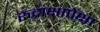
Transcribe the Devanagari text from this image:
रुद्राक्षापेक्षा